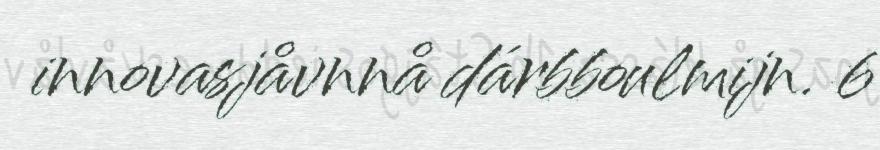
innovasjåvnnå dárbboulmijn. 6